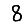
Digit: 8